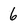
Character: 6